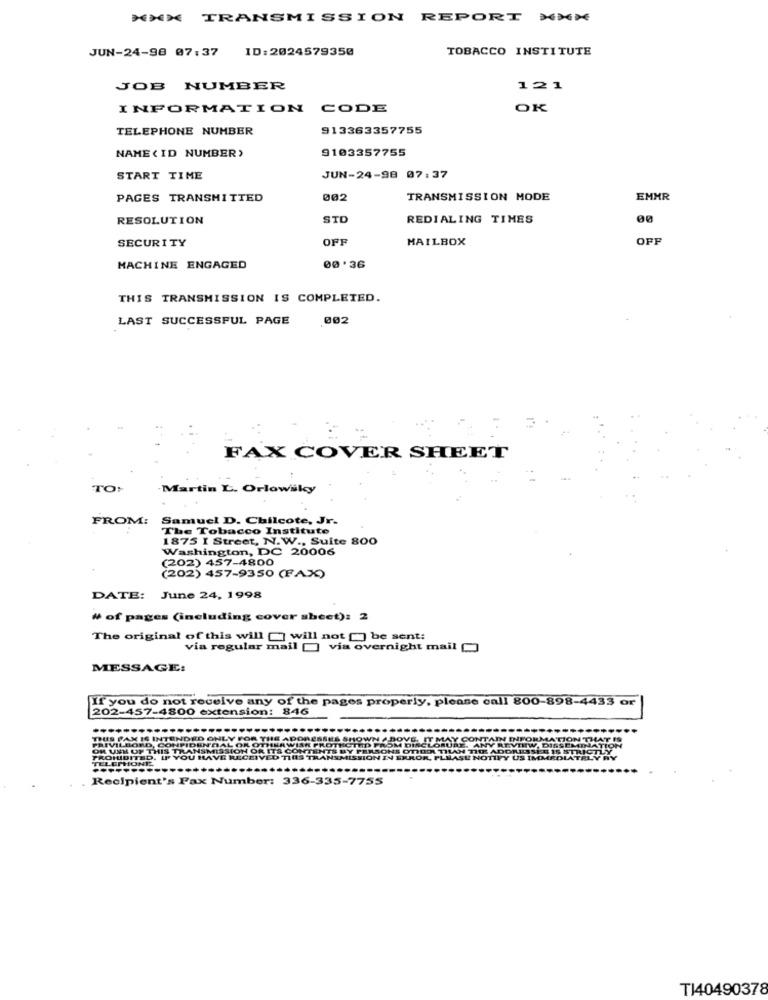
*** TRANSMISSION REPORT ***
JUN-24-98 07:37
ID:2024579350
TOBACCO INSTITUTE
JOB NUMBER
121
INFORMATION CODE
OK
TELEPHONE NUMBER
913363357755
9103357755
NAME ( ID NUMBER>
START TIME
JUN-24-98 07:37
PAGES TRANSMITTED
002
TRANSMISSION MODE
EMMR
RESOLUTION
STO
REDIALING TIMES
00
SECURITY
OFF
MAILBOX
OFF
MACHINE ENGAGED
00.36
THIS TRANSMISSION IS COMPLETED.
LAST SUCCESSFUL PAGE
002
FAX COVER SHEET
TO:
·Martin L. Orlowsky
FROM:
Samuel D. Chilcote, Jr.
The Tobacco Institute
1875 I Street, N.W ., Suite 800
Washington, DC 20006
(202) 457-4800
(202) 457-9350 (FAX)
DATE: June 24, 1998
# of pages (including cover sheet): 2
The original of this will [] will not [] be sent:
via regular mail [ via overnight mail
MESSAGE:
If you do not receive any of the pages properly, please call 800-898-4433 or
202-457-4800 extension: 846
TRUS PAX IS INTENDED ONLY FOR THE ADORESSHE SHOW
PRIVILIIORD, CONPIE
PROHIBITED.
TELEPHONE
Recipient's Fax Number: 336-335-7755
TI40490378